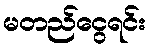
မတည်ငွေရင်း